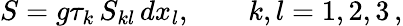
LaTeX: S=g\tau_{k}\, S_{kl}\, dx_{l},\qquad k,l=1,2,3\, ,